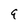
Character: 9